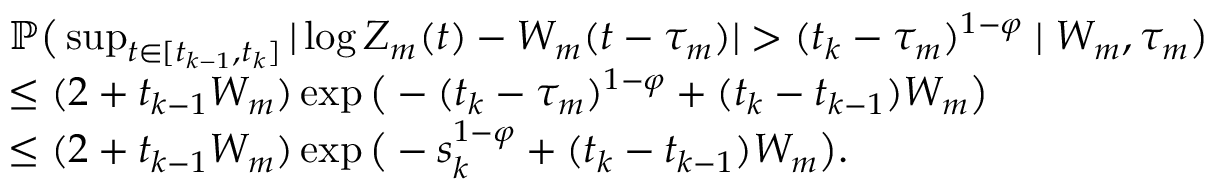
\begin{array} { r l } & { \mathbb { P } \big ( \operatorname* { s u p } _ { t \in [ t _ { k - 1 } , t _ { k } ] } | \log Z _ { m } ( t ) - W _ { m } ( t - \tau _ { m } ) | > ( t _ { k } - \tau _ { m } ) ^ { 1 - \varphi } \mid W _ { m } , \tau _ { m } \big ) } \\ & { \leq ( 2 + t _ { k - 1 } W _ { m } ) \exp \big ( - ( t _ { k } - \tau _ { m } ) ^ { 1 - \varphi } + ( t _ { k } - t _ { k - 1 } ) W _ { m } \big ) } \\ & { \leq ( 2 + t _ { k - 1 } W _ { m } ) \exp \big ( - s _ { k } ^ { 1 - \varphi } + ( t _ { k } - t _ { k - 1 } ) W _ { m } \big ) . } \end{array}